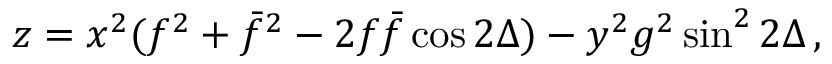
z = x ^ { 2 } ( f ^ { 2 } + \bar { f } ^ { 2 } - 2 f \bar { f } \cos 2 \Delta ) - y ^ { 2 } g ^ { 2 } \sin ^ { 2 } 2 \Delta \, ,